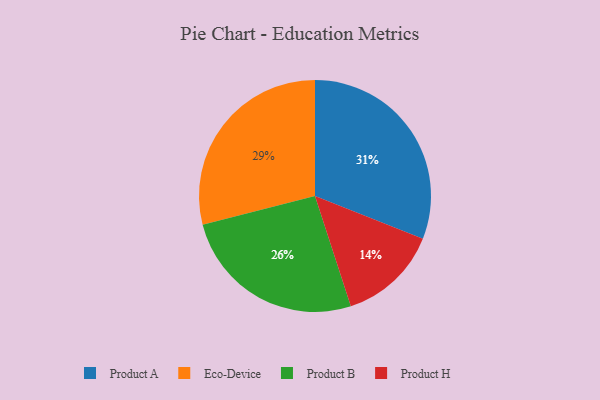
{"axis": {"x": "Category", "y": "Percentage"}, "legend": ["Eco-Device", "Product A", "Product B", "Product H"], "data": [{"x": "Eco-Device", "y": 29, "type": "Eco-Device"}, {"x": "Product H", "y": 14, "type": "Product H"}, {"x": "Product A", "y": 31, "type": "Product A"}, {"x": "Product B", "y": 26, "type": "Product B"}]}